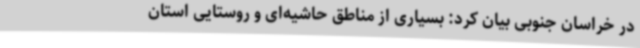
در خراسان جنوبی بیان کرد: بسیاری از مناطق حاشیه‌ای و روستایی استان